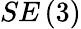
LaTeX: SE\left(3\right)